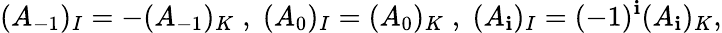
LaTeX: (A_{-1})_{I}=-(A_{-1})_{K}\; ,\; (A_{0})_{I}=(A_{0})_{K}\; ,\; (A_{\mathbf{i}})_{I}=(-1)^{\mathbf{i}}(A_{\mathbf{i}})_{K},